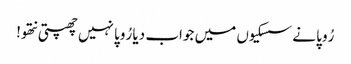
رُوپا نے سسکیوں میں جواب دیا رُوپا نہیں چھپتی نتھو!